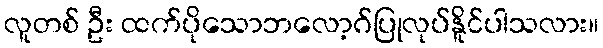
လူတစ် ဦး ထက်ပိုသောဘလော့ဂ်ပြုလုပ်နိူင်ပါသလား။